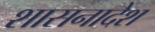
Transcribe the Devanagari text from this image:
शासनादेश